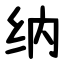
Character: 纳